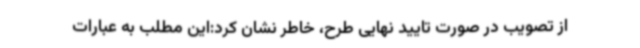
از تصویب در صورت تایید نهایی طرح، خاطر نشان کرد:این مطلب به عبارات